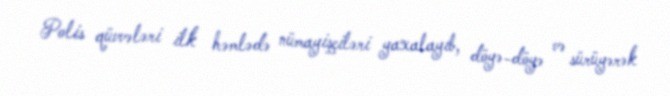
Polis qüvvələri ilk həmlədə nümayişçiləri yaxalayıb, döyə-döyə və sürüyərək